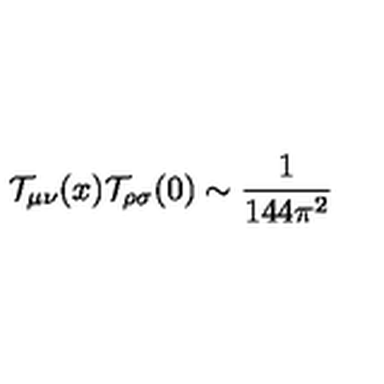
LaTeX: { \cal T } _ { \mu \nu } ( x ) { \cal T } _ { \rho \sigma } ( 0 ) \sim { \frac { 1 } { 1 4 4 \pi ^ { 2 } } }